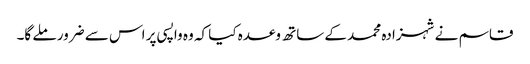
قاسم نے شہزادہ محمد کے ساتھ وعدہ کیا کہ وہ واپسی پر اس سے ضرور ملے گا۔